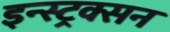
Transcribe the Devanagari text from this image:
इन्स्ट्रक्सन